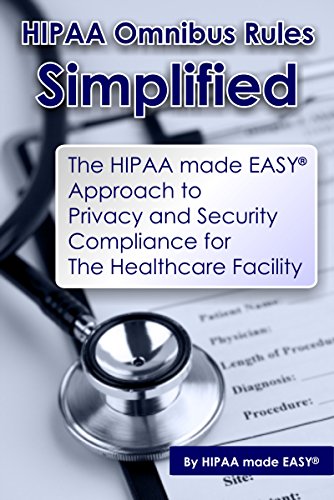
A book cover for HIPAA Omnibus Rules Simplified - The HIPAA made EASY Approach to Privacy and Security Compliance for The Healthcare Facility; Hipaa Made Easy; Medical Books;